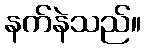
နက်နဲသည်။